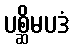
ပစ္ဆိမပဒံ